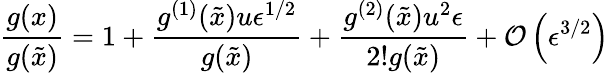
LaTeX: \frac{g(x)}{g(\tilde{x})}=1+\frac{g^{(1)}(\tilde{x})u\epsilon^{1/2}}{g(\tilde{x})}+\frac{g^{(2)}(\tilde{x})u^{2}\epsilon}{2!g(\tilde{x})}+\mathcal{O}\left(\epsilon^{3/2}\right)